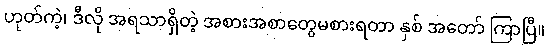
ဟုတ်ကဲ့၊ ဒီလို အရသာရှိတဲ့ အစားအစာတွေမစားရတာ နှစ် အတော် ကြာပြီ။